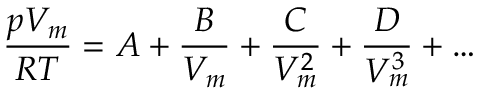
{ \frac { p V _ { m } } { R T } } = A + { \frac { B } { V _ { m } } } + { \frac { C } { V _ { m } ^ { 2 } } } + { \frac { D } { V _ { m } ^ { 3 } } } + \dots